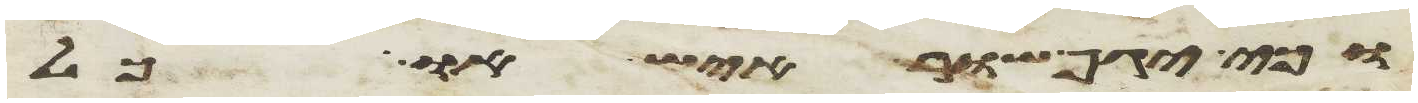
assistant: וכי יגף שור איש או כל